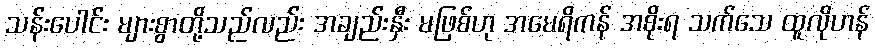
သန်းပေါင်း များစွာတို့သည်လည်း အချည်းနှီး မဖြစ်ဟု အမေရိကန် အစိုးရ သက်သေ ထူလိုဟန်